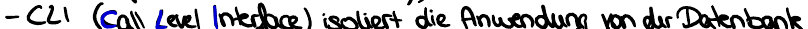
- CLI (Call Level Interface) isoliert die Anwendung von der Datenbank